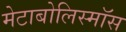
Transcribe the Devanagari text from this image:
मेटाबोलिस्मॉस